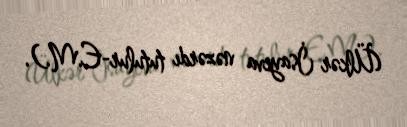
(Ülkər İsayeva nəzərdı tutulur-E.M.).